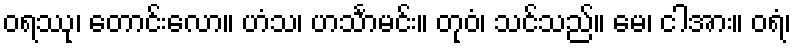
ဝရဿု၊ တောင်းလော။ ဟံသ၊ ဟင်္သာမင်း။ တုဝံ၊ သင်သည်။ မေ၊ ငါအား။ ဝရံ၊